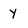
Character: y